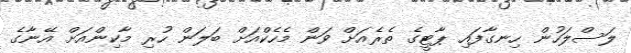
ލަސްލަހުން ހިނގާފައި ޕާޓީގެ ތެރެއަށް ވަން މެހެކްއަށް ބަލަން ހުރި މާކިންއަށް އޭނާގެ